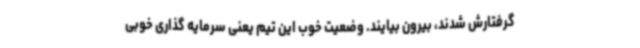
گرفتارش شدند، بیرون بیایند. وضعیت خوب این تیم یعنی سرمایه گذاری خوبی